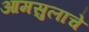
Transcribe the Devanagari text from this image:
आमसुलाचे